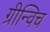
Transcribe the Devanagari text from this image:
ग्रीन्विच